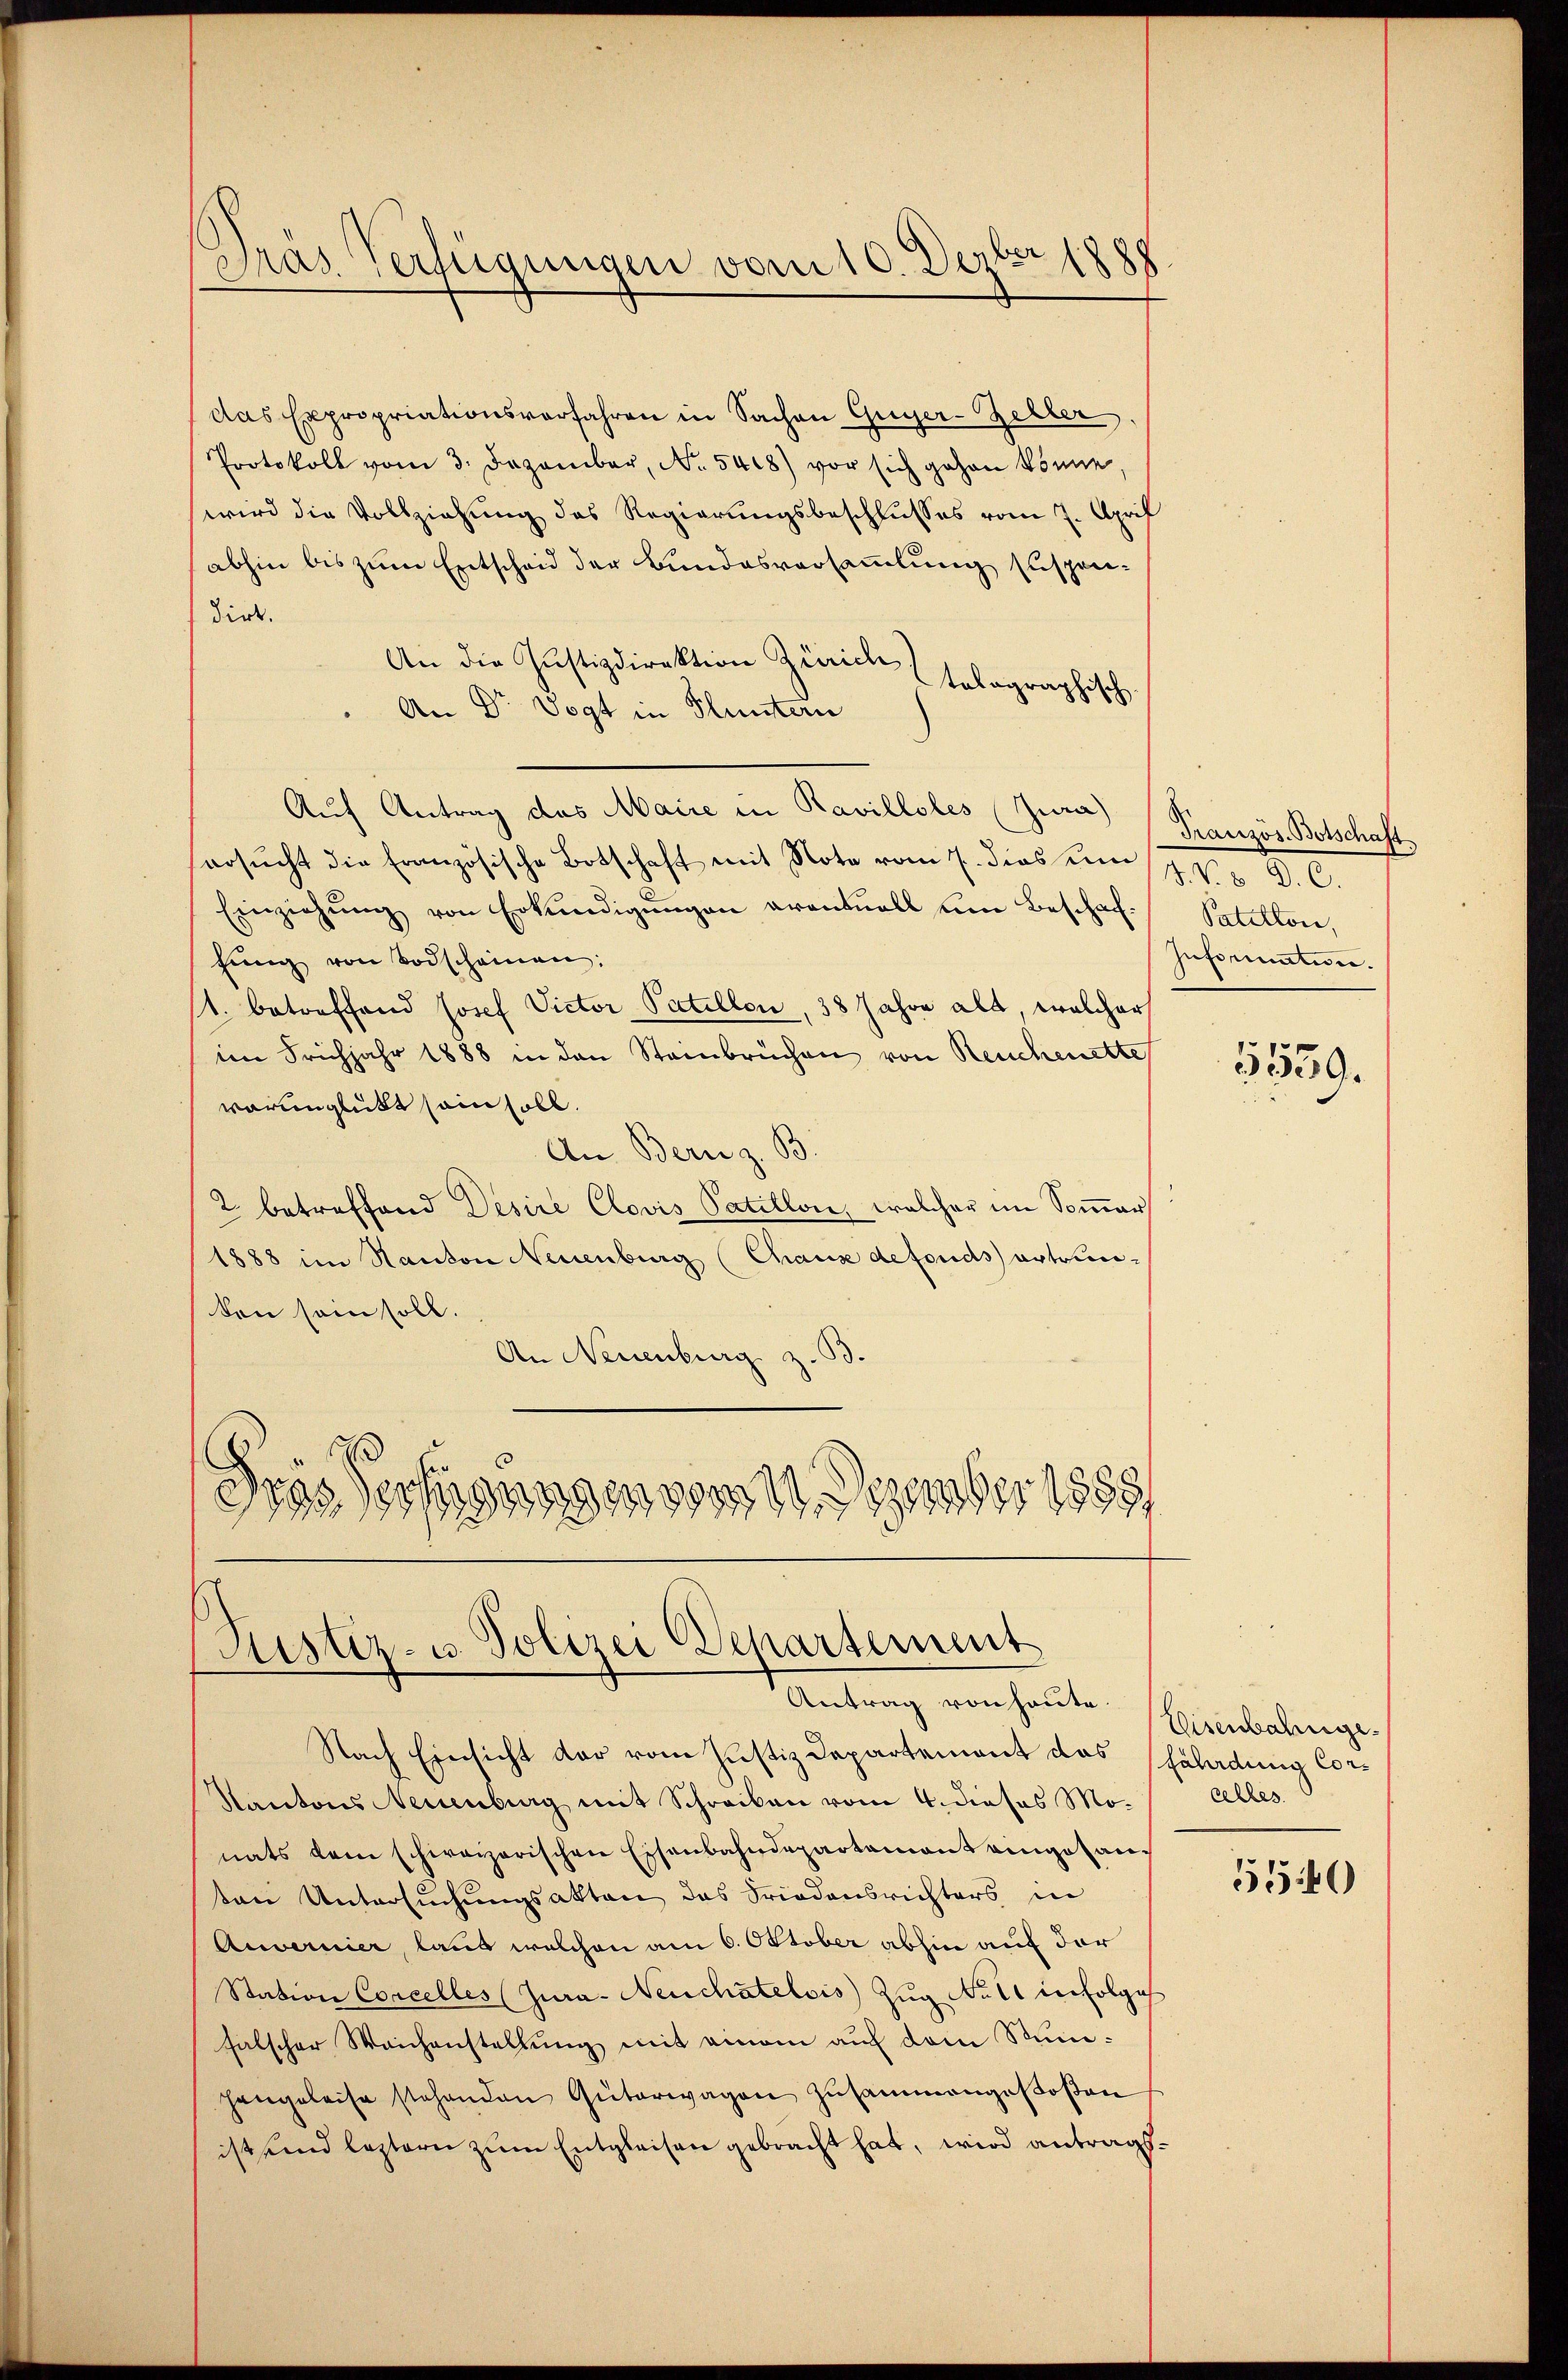
Gras Verfügungen vom 10. Dezbr 1888

das Expropriationsverfahren in Sachen Guyer-Zeller.
Protokoll vom 3. Dezember, No. 5418) vor sich gehen könne,
wird die Vollziehung des Regierungsbeschlusses vom 7. April
abhin bis zum Entscheid der Bundesversammlung suspen¬
Dirt.
An die Justizdirektion Zürich
talographisch.
An Dr Vogt in Fluntern
Auf Antrag des Maire in Ravilloles (Zura) Französ. Botschaft
ersucht die Französische Botschaft mit Note vom 7. dies sein
Einziehŭng von Erkundigungen avantuall um Beschaffung von Todscheinen:
(1. betreffend Josef Victor Patellon, 38 Jahre als welcher
im Frühjahr 1888 in den Staibrüchen von Reuchenette
varunglükt sein soll.
An Bern z. B.
2 betreffend Desire Clavis Patillon, welcher im Somer
1888 im Kanton Neuenburg (Chause defonds ertrunken sein soll.
An Neuenburg z.
wanden vom 11. Dezember 1888.
395, 18873.

Justiz- u. Polizei Departement
Antrag von heute.

Nach Einsicht dar vom Justiz-Departement das Erladung Cor¬
Kantons Neuenburg mit Schreiben vom 4. dieses Mo-
nats dem schweizerischen Eisenbahndepartamant angesanten Untersŭchŭngsakten des Friedensrichters in
Auvernier, laut welchen am 6. Oktober abhin auf der
Station Concelles (Jura. Neuchâtelois Zug No 11 infolge
falscher Weichenstellŭng mit einem auf dem Sumhangeleise stehenden Güterwagen zusammengestoβen
ist und leztern zum Entgleisen gebracht hat, wird antrags¬

J. V. D. C.
Patillon,
Informaten.

3539.

Eisenbahnge.
celles.

5540